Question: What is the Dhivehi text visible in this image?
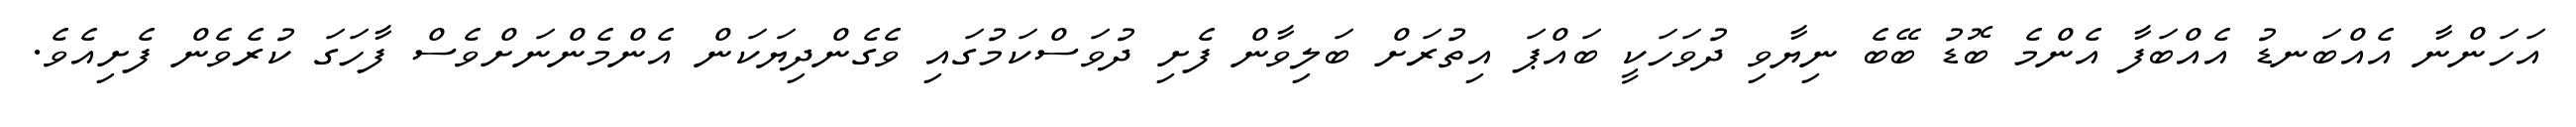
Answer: އަހަންނާ އެއްބަނޑު އެއްބަފާ އެންމެ ބޮޑު ބޭބެ ނިޔާވި ދުވަހަކީ ބައްޕަ އިތުރަށް ބަލިވާން ފެށި ދުވަސްކަމުގައި ވެގެންދިޔަކަން އެންމެންނަށްވެސް ފާހަގަ ކުރެވެން ފެށިއެވެ.